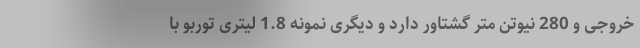
خروجی و 280 نیوتن متر گشتاور دارد و دیگری نمونه 1.8 لیتری توربو با